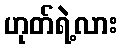
ဟုတ်ရဲ့လား